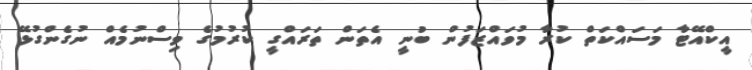
އީކްއޭޓާ މަސައްކަތް ކުރާ މުވައްޒަފުން ބުނީ އެތަން ތަރައްގީ ކުރުމުގެ ވިސްނުމެއް ނުގެންގުޅޭ